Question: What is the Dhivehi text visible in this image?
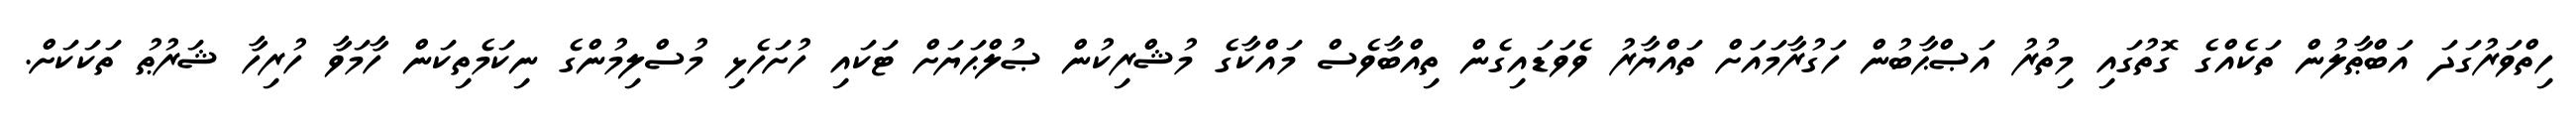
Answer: ހިތްވަރުގަދަ އަބްޠާލުން ތަކެއްގެ ގޮތުގައި މިތުރު އަޞްޙާބުން ހަގުރާމައަށް ތައްޔާރު ވެވަޑައިގެން ތިއްބާވެސް މައްކާގެ މުޝްރިކުން ޞުލްޙަޔަށް ޓަކައި ހުށަހެޅި މުސްލިމުންގެ ނިކަމެތިކަން ހާމަވާ ހުރިހާ ޝަރުޠު ތަކަކަށް.